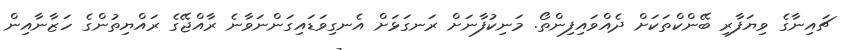
ޗައިނާގެ ވިޔަފާރި ބޭންކްތަކަށް ދެއްވައިފިންތޯ. މަނިކުފާނަށް ރަނގަޅަށް އެނގިވަޑައިގަންނަވާނެ ރާއްޖޭގެ ރައްޔިތުންގެ ހަޒާނާއިން